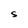
Character: S